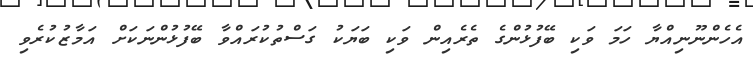
އެހެންނޫނިއްޔާ ހަމަ ވަކި ބޭފުޅުންގެ ތެރެއިން ވަކި ބަޔަކު ގަސްތުކުރައްވާ ބޭފުޅުންނަކަށް އަމާޒުކުރެވި